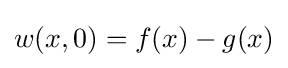
w(x,0)=f(x)-g(x)